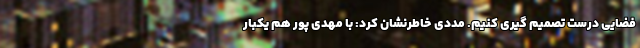
فضایی درست تصمیم گیری کنیم. مددی خاطرنشان کرد: با مهدی پور هم یکبار